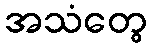
အသံတွေ